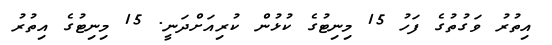
އިތުރު ވަގުތުގެ ފަހު 15 މިނިޓުގެ ކުޅުން ކުރިއަށްދަނީ. 15 މިނިޓުގެ އިތުރު